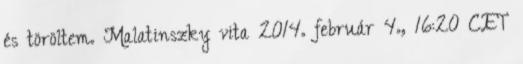
és töröltem. Malatinszky vita 2014. február 4., 16:20 CET